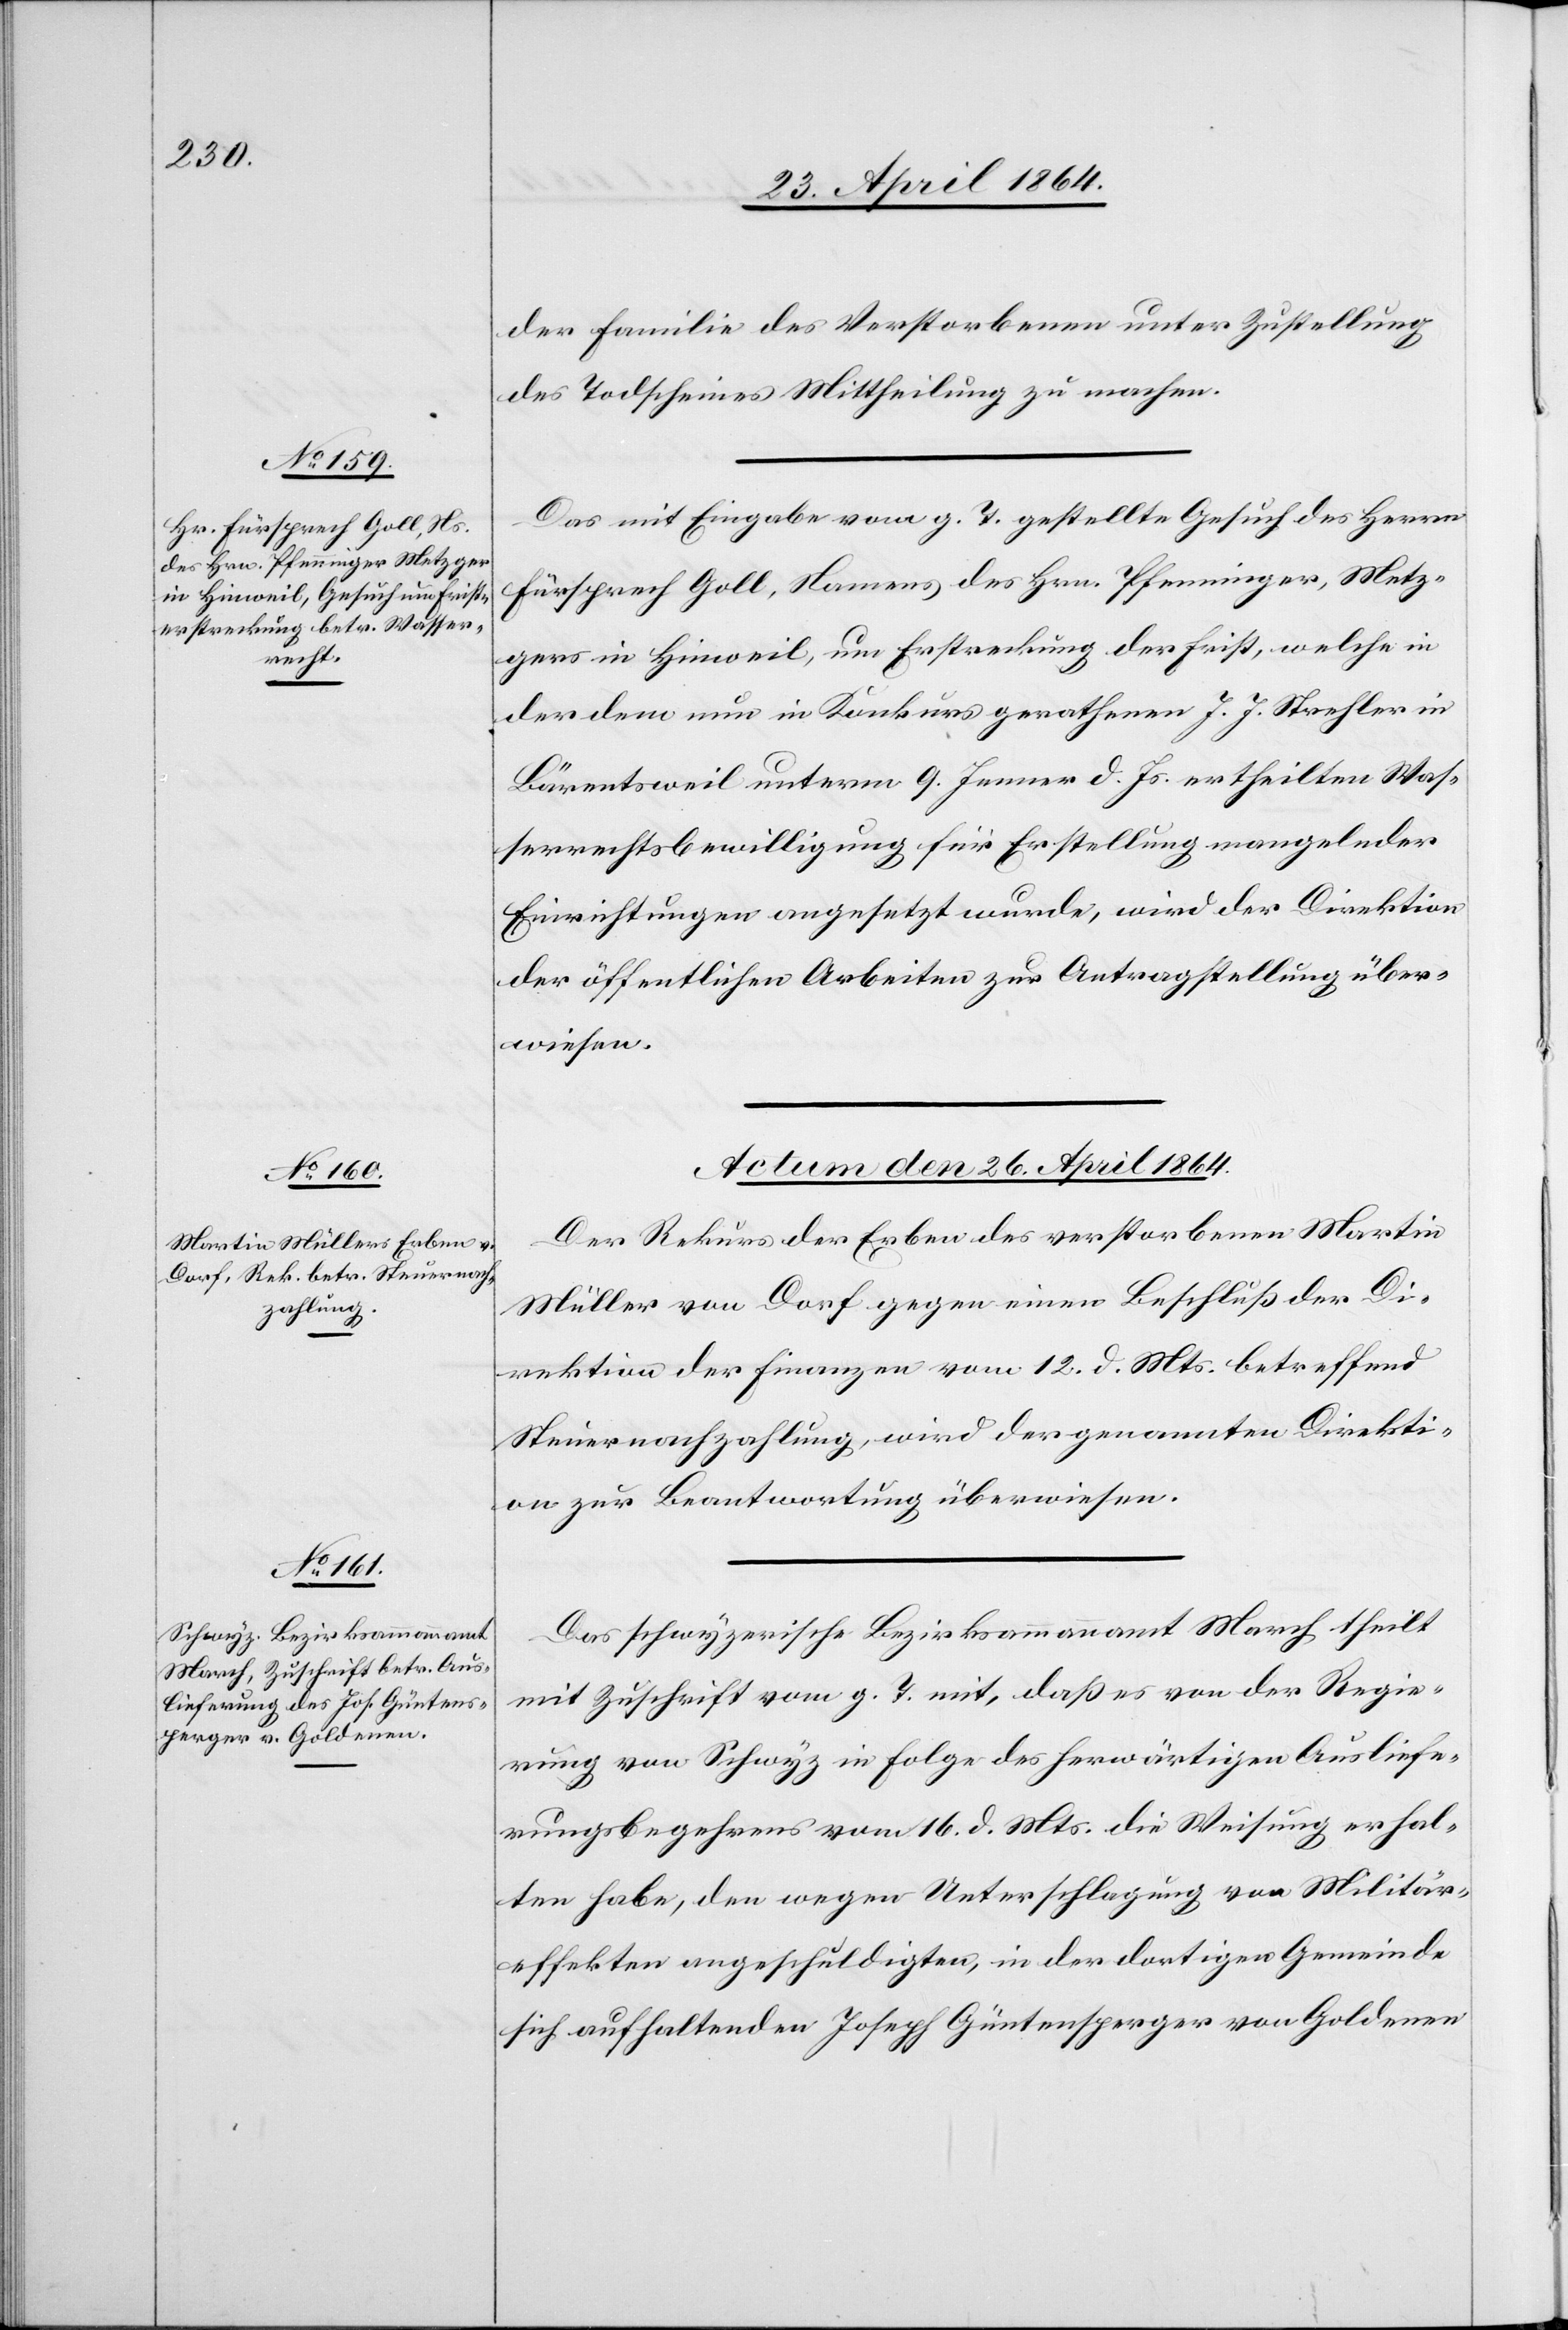
der Familie des Verstorbenen unter Zustellung
des Todscheines Mittheilung zu machen.
Das mit Eingabe vom g. T. gestellte Gesuch des Herrn
Fürsprech Goll, Namens des Hrn. Pfenninger, Metz¬
gers in Hinweil, um Erstreckung der Frist, welche in
der dem nun in Konkurs gerathenen J. J. Strehler in
Bärentsweil unterm 9. Jenner d. Js. ertheilten Was¬
serrechtsbewilligung für Erstellung mangelnder
Einrichtungen angesetzt wurde, wird der Direktion
der öffentlichen Arbeiten zur Antragstellung über¬
wiesen.
Actum den 26. April 1864.]
Der Rekurs der Erben des verstorbenen Martin
Müller von Dorf gegen einen Beschluß der Di¬
rektion der Finanzen vom 12. d. Mts. betreffend
Steuernachzahlung, wird der genannten Direkti¬
on zur Beantwortung überwiesen.
Das schwyzerische Bezirksammannamt March theilt
mit Zuschrift vom g. T. mit, daß es von der Regie¬
rung von Schwyz in Folge des herwärtigen Ausliefe¬
rungsbegehrens vom 16. d. Mts. die Weisung erhal¬
ten habe, den wegen Unterschlagung von Militär¬
effekten angeschuldigten, in der dortigen Gemeinde
sich aufhaltenden Joseph Güntensperger von Goldenen